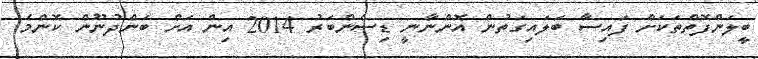
ބީލަންފޮތްތަކަށް ފައިސާ ބަލައިގަތުން އޮންނާނީ ޑިސެންބަރު 2014 އިން އަށް ބަންދުނޫން ކޮންމެ